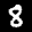
Label: 8